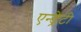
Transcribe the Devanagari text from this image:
एन्ड्रेटी